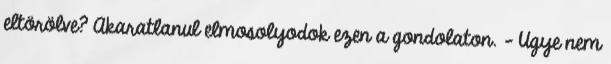
eltörölve? Akaratlanul elmosolyodok ezen a gondolaton. - Ugye nem